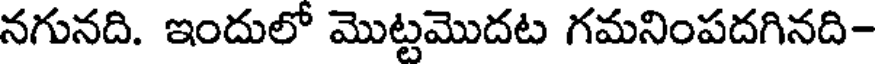
నగునది. ఇందులో మొట్టమొదట గమనింపదగినది-